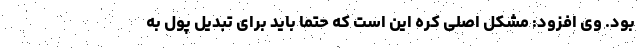
بود. وی افزود: مشکل اصلی کره این است که حتما باید برای تبدیل پول به